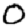
Digit: 0